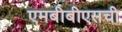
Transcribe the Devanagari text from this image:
एमबीबीएसची